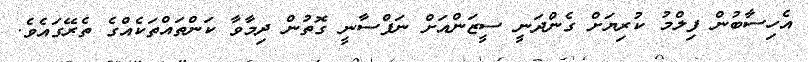
އެހިސާބުން ފިލްމު ކުރިޔަށް ގެންދަނީ ސީޒަންއަށް ނަފްސާނީ ގޮތުން ދިމާވާ ކަންތައްތަކެއްގެ ތެރޭގައެވެ.